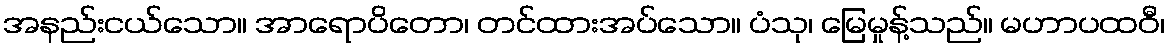
အနည်းငယ်သော။ အာရောပိတော၊ တင်ထားအပ်သော။ ပံသု၊ မြေမှုန့်သည်။ မဟာပထဝီ၊